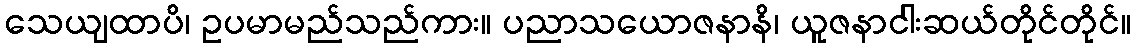
သေယျထာပိ၊ ဥပမာမည်သည်ကား။ ပညာသယောဇနာနိ၊ ယူဇနာငါးဆယ်တိုင်တိုင်။